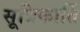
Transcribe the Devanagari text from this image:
सूत्रिकार्ति